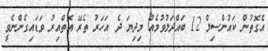
އެގޮތުން ކައުންސިލް 12 ބައްދަލުވުމެއް މިދިޔަ ދެ އަހަރު ތެރޭ އޮތްއިރު ވަޑައިގެންނެވީ